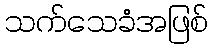
သက်သေခံအဖြစ်